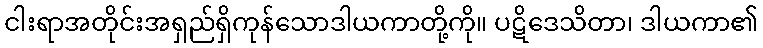
ငါးရာအတိုင်းအရှည်ရှိကုန်သောဒါယကာတို့ကို။ ပဋိဒေသိတာ၊ ဒါယကာ၏